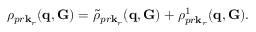
\rho _ { p r \mathbf k _ { r } } ( \mathbf q , \mathbf G ) = \tilde { \rho } _ { p r \mathbf k _ { r } } ( \mathbf q , \mathbf G ) + \rho _ { p r \mathbf k _ { r } } ^ { 1 } ( \mathbf q , \mathbf G ) .